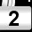
Digit: 2